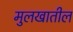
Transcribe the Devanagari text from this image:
मुलखातील